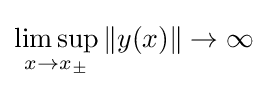
\limsup _{x\to x_{\pm }}\|y(x)\|\to \infty